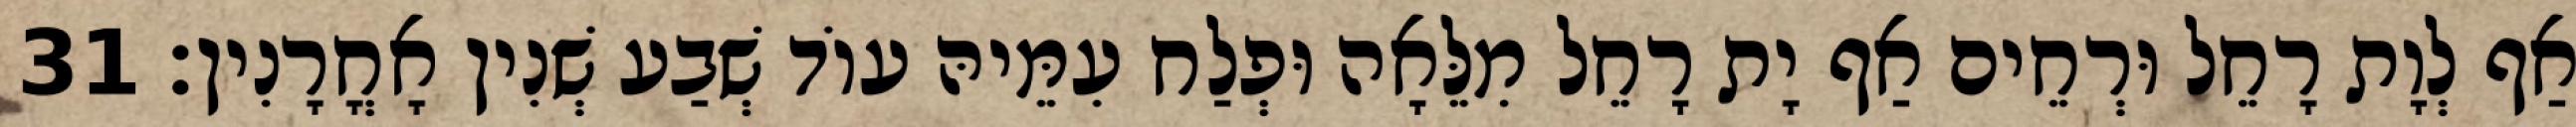
אַף לְוָת רָחֵל וּרְחֵים אַף יָת רָחֵל מִלֵּאָה וּפְלַח עִמֵּיהּ עוֹד שְׁבַע שְׁנִין אָחֳרָנִין׃ 31